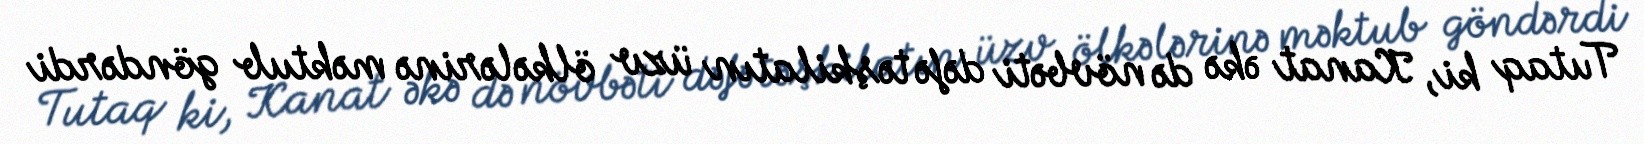
Tutaq ki, Kanat əkə də növbəti dəfə təşkilatın üzv ölkələrinə məktub göndərdi